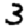
Digit: 3